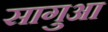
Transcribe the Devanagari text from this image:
सागुआ